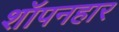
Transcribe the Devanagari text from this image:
शॉपनहार